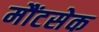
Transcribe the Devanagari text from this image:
मौंटसेक